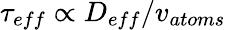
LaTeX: \tau_{eff}\propto D_{eff}/v_{atoms}